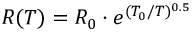
R ( T ) = R _ { 0 } \cdot e ^ { ( T _ { 0 } / T ) ^ { 0 . 5 } }